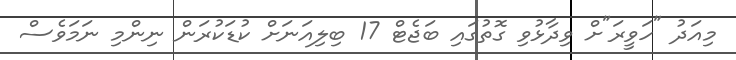
މިއަދު "ހަވީރަ"ށް ވިދާޅުވި ގޮތުގައި ބަޖެޓް 17 ބިލިއަނަށް ކުޑަކުރަން ނިންމި ނަމަވެސް